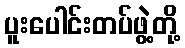
ပူးပေါင်းတပ်ဖွဲ့တို့